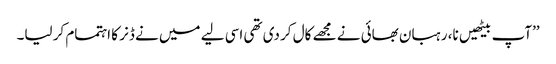
’’آپ بیٹھیں نا، رہبان بھائی نے مجھے کال کر دی تھی اسی لیے میں نے ڈنر کا اہتمام کر لیا۔